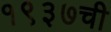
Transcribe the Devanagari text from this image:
१९३७ची